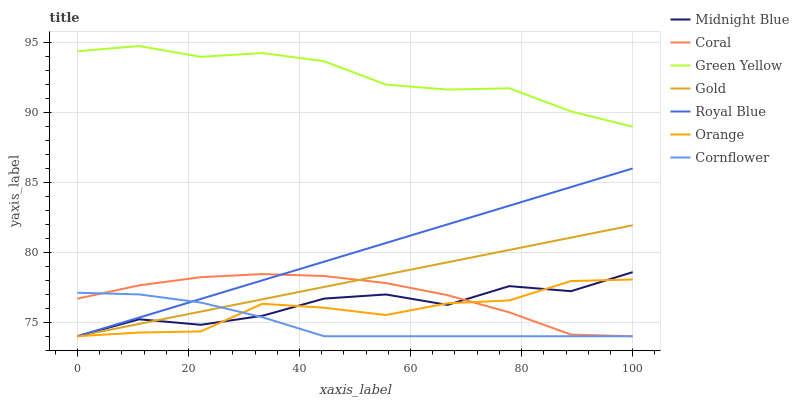
| xaxis_label | Midnight Blue | Coral | Green Yellow | Gold | Royal Blue | Orange | Cornflower |
 | --- | --- | --- | --- | --- | --- | --- | --- |
 | 0 | 74 | 76.7 | 94.4 | 74 | 74 | 74 | 77.1 |
 | 11.1 | 75.2 | 77.6 | 94.8 | 74.9 | 75.3 | 74.3 | 77 |
 | 22.2 | 74.8 | 78.2 | 94 | 75.8 | 76.7 | 74.3 | 76.4 |
 | 33.3 | 75.5 | 78.4 | 94.3 | 76.6 | 78 | 76.3 | 75.4 |
 | 44.4 | 76.7 | 78.3 | 93.7 | 77.5 | 79.3 | 76 | 74 |
 | 55.6 | 77 | 77.8 | 92 | 78.4 | 80.7 | 75.5 | 74 |
 | 66.7 | 76.2 | 76.9 | 91.6 | 79.3 | 82 | 76.4 | 74 |
 | 77.8 | 77.6 | 75.7 | 91.7 | 80.2 | 83.3 | 76.6 | 74 |
 | 88.9 | 77.2 | 74.1 | 90.1 | 81.1 | 84.7 | 77.9 | 74 |
 | 100 | 78.6 | 74 | 89 | 81.9 | 86 | 78.1 | 74 |